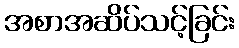
အစာအဆိပ်သင့်ခြင်း